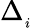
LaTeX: \Delta_{_i}